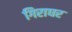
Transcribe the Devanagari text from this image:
गिराघर